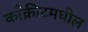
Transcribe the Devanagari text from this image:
काँक्रीटमधील